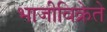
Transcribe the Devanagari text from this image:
भाजीविक्रेते